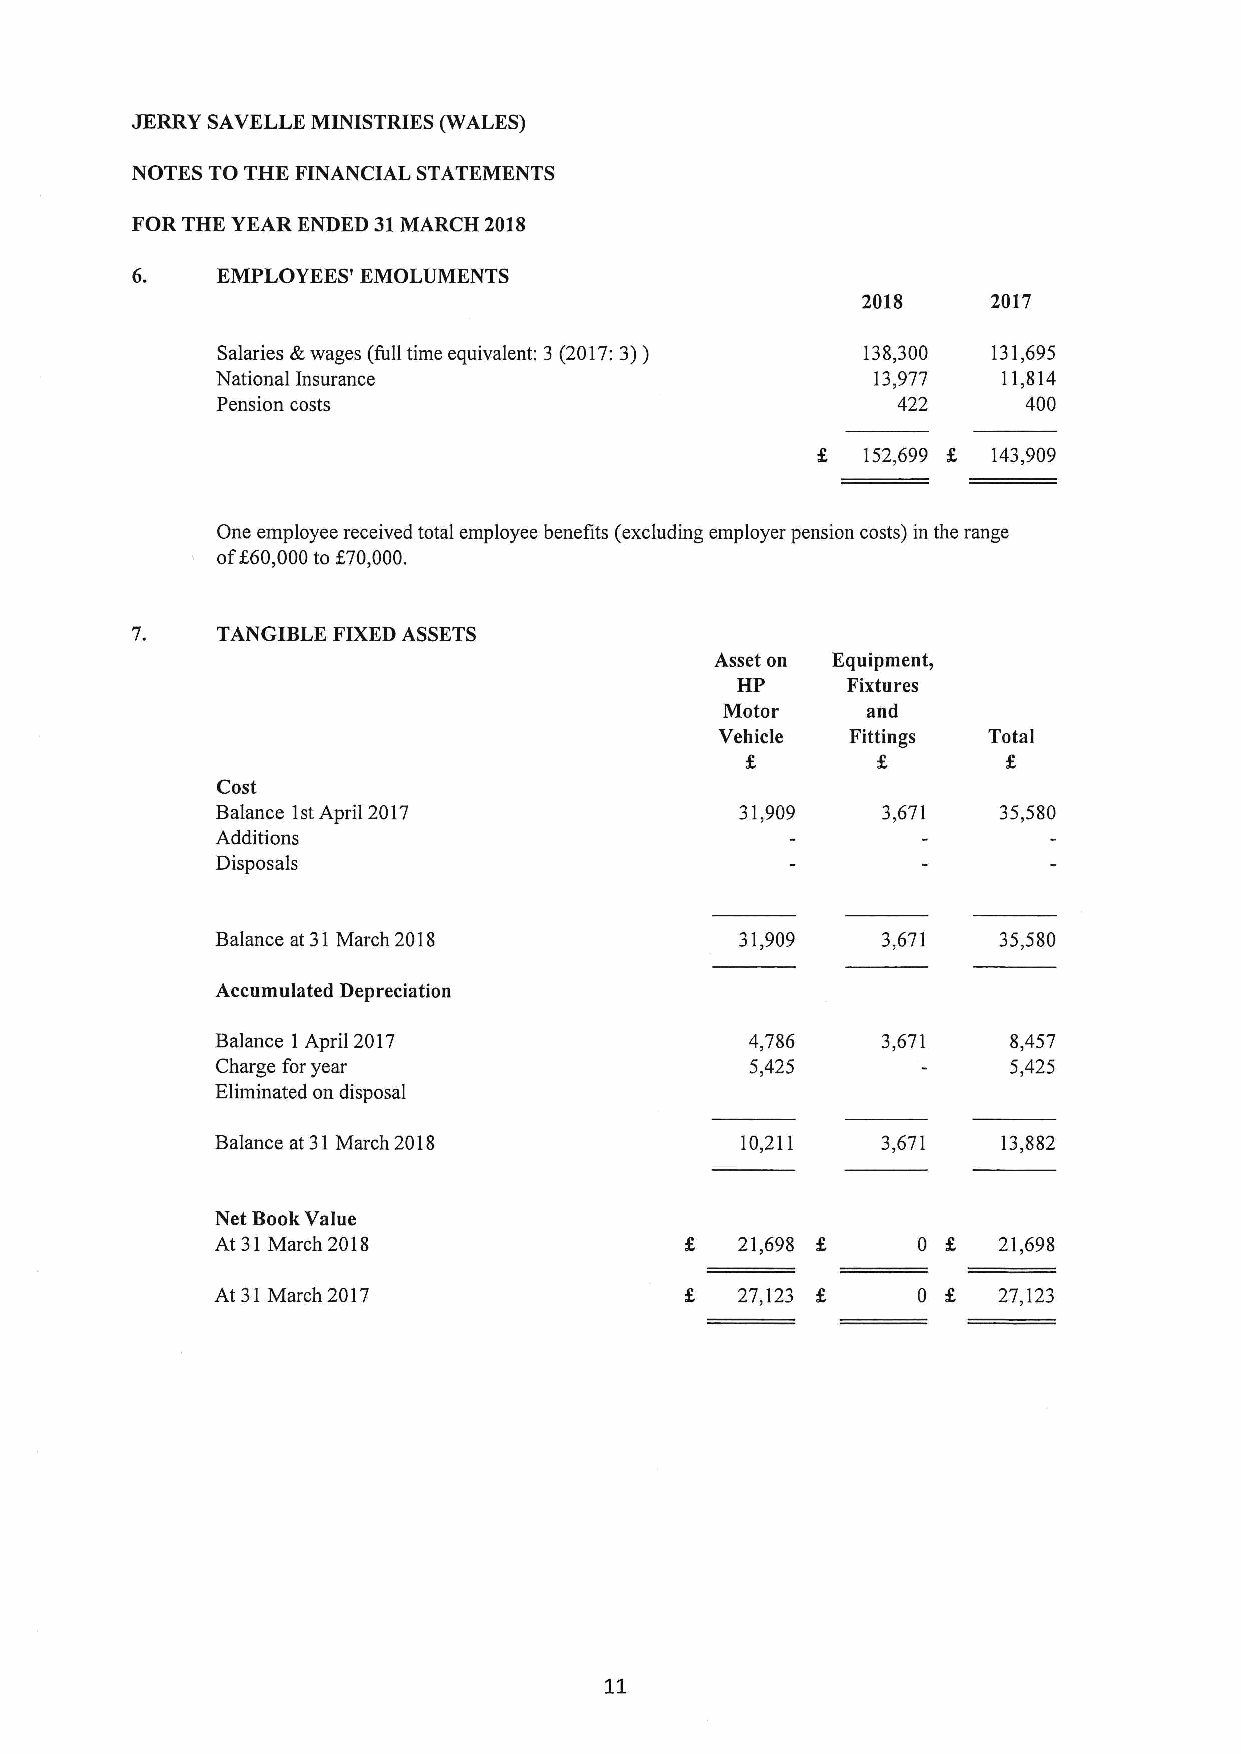
JERRY SAVELLE MINISTRIES (WALES)
 NOTES TO THE FINANCIAL STATEMENTS
 FOR THE YEAR ENDED 31MARCH 2018
 EMPLOYEES' EMOLUMENTS
 2018     2017
 Salaries &wages (full time equivalent: 3 (2017:3)) 138,300 131,695
 National Insurance                          13„977  11,814
 Pension costs                                422      400
 152,699 % 143,909
 One employee received total employee benefits (excluding employer pension costs) in the range
 ofK60,000to K70,000.
 TANGIBLE FIXEDASSETS
 Asset on Equipment,
 HP     Fixtures
 Motor    and
 Vehicle Fittings Total
 Cost
 Balance 1stApril 2017              31,909   3,67]   35,580
 Additions
 Disposals
 Balance at 31March 2018            31,909   3,671   35,580
 Accumulated Depreciation
 Balance 1April 2017                 4„786   3,671    8,457
 Charge foryear                      5,425            5,425
 Eliminated on disposal
 Balance at 31March 2018            10,211   3,671   13,882
 Net BookValue
 At 31March 2018                    21,698      0 K  21,698
 At 31March 2017                    27,123      0 K  27,123
 11